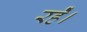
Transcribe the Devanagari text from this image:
रहेँ।